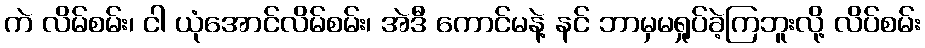
ကဲ လိမ်စမ်း၊ ငါ ယုံအောင်လိမ်စမ်း၊ အဲဒီ ကောင်မနဲ့ နင် ဘာမှမရှုပ်ခဲ့ကြဘူးလို့ လိပ်စမ်း